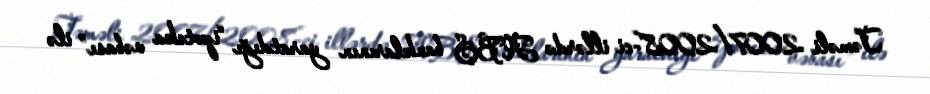
Təməli 2007/2008-ci illərdə ABŞ banklarının yaratdığı “ipoteka vəbası” ilə